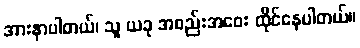
အားနာပါတယ်၊ သူ ယခု အစည်းအဝေး ထိုင်နေပါတယ်။